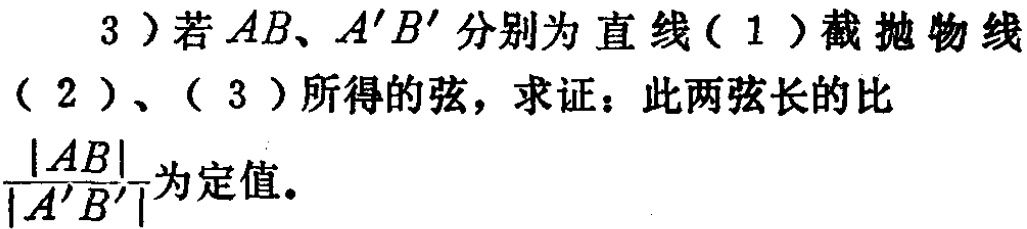
3）若 \(AB\)、\(A'B'\) 分别为直线（1）截抛物线（2）、（3）所得的弦，求证：此两弦长的比 \(\frac{|AB|}{|A'B'|}\)为定值。